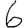
Digit: 6